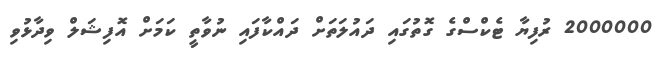
2000000 ރުފިޔާ ޓެކްސްގެ ގޮތުގައި ދައުލަތަށް ދައްކާފައި ނުވާތީ ކަމަށް އޮފިޝަލް ވިދާޅުވި